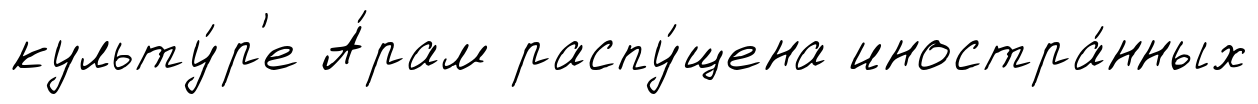
культу́р'е А́рам распу́щена иностра́нных